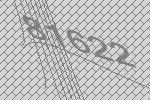
81622